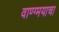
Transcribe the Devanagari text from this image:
वाण्ग्मयाचा